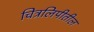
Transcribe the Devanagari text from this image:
चित्रलिपीतील